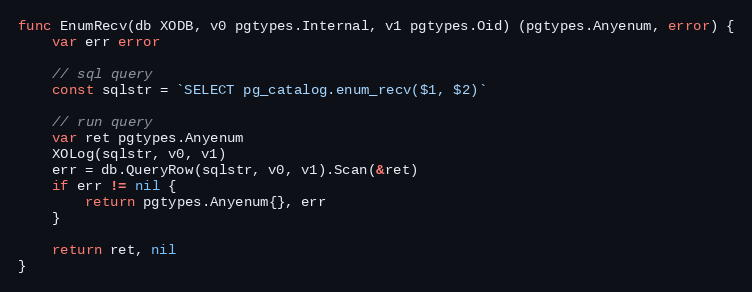
Language: Go
func EnumRecv(db XODB, v0 pgtypes.Internal, v1 pgtypes.Oid) (pgtypes.Anyenum, error) {
	var err error

	// sql query
	const sqlstr = `SELECT pg_catalog.enum_recv($1, $2)`

	// run query
	var ret pgtypes.Anyenum
	XOLog(sqlstr, v0, v1)
	err = db.QueryRow(sqlstr, v0, v1).Scan(&ret)
	if err != nil {
		return pgtypes.Anyenum{}, err
	}

	return ret, nil
}